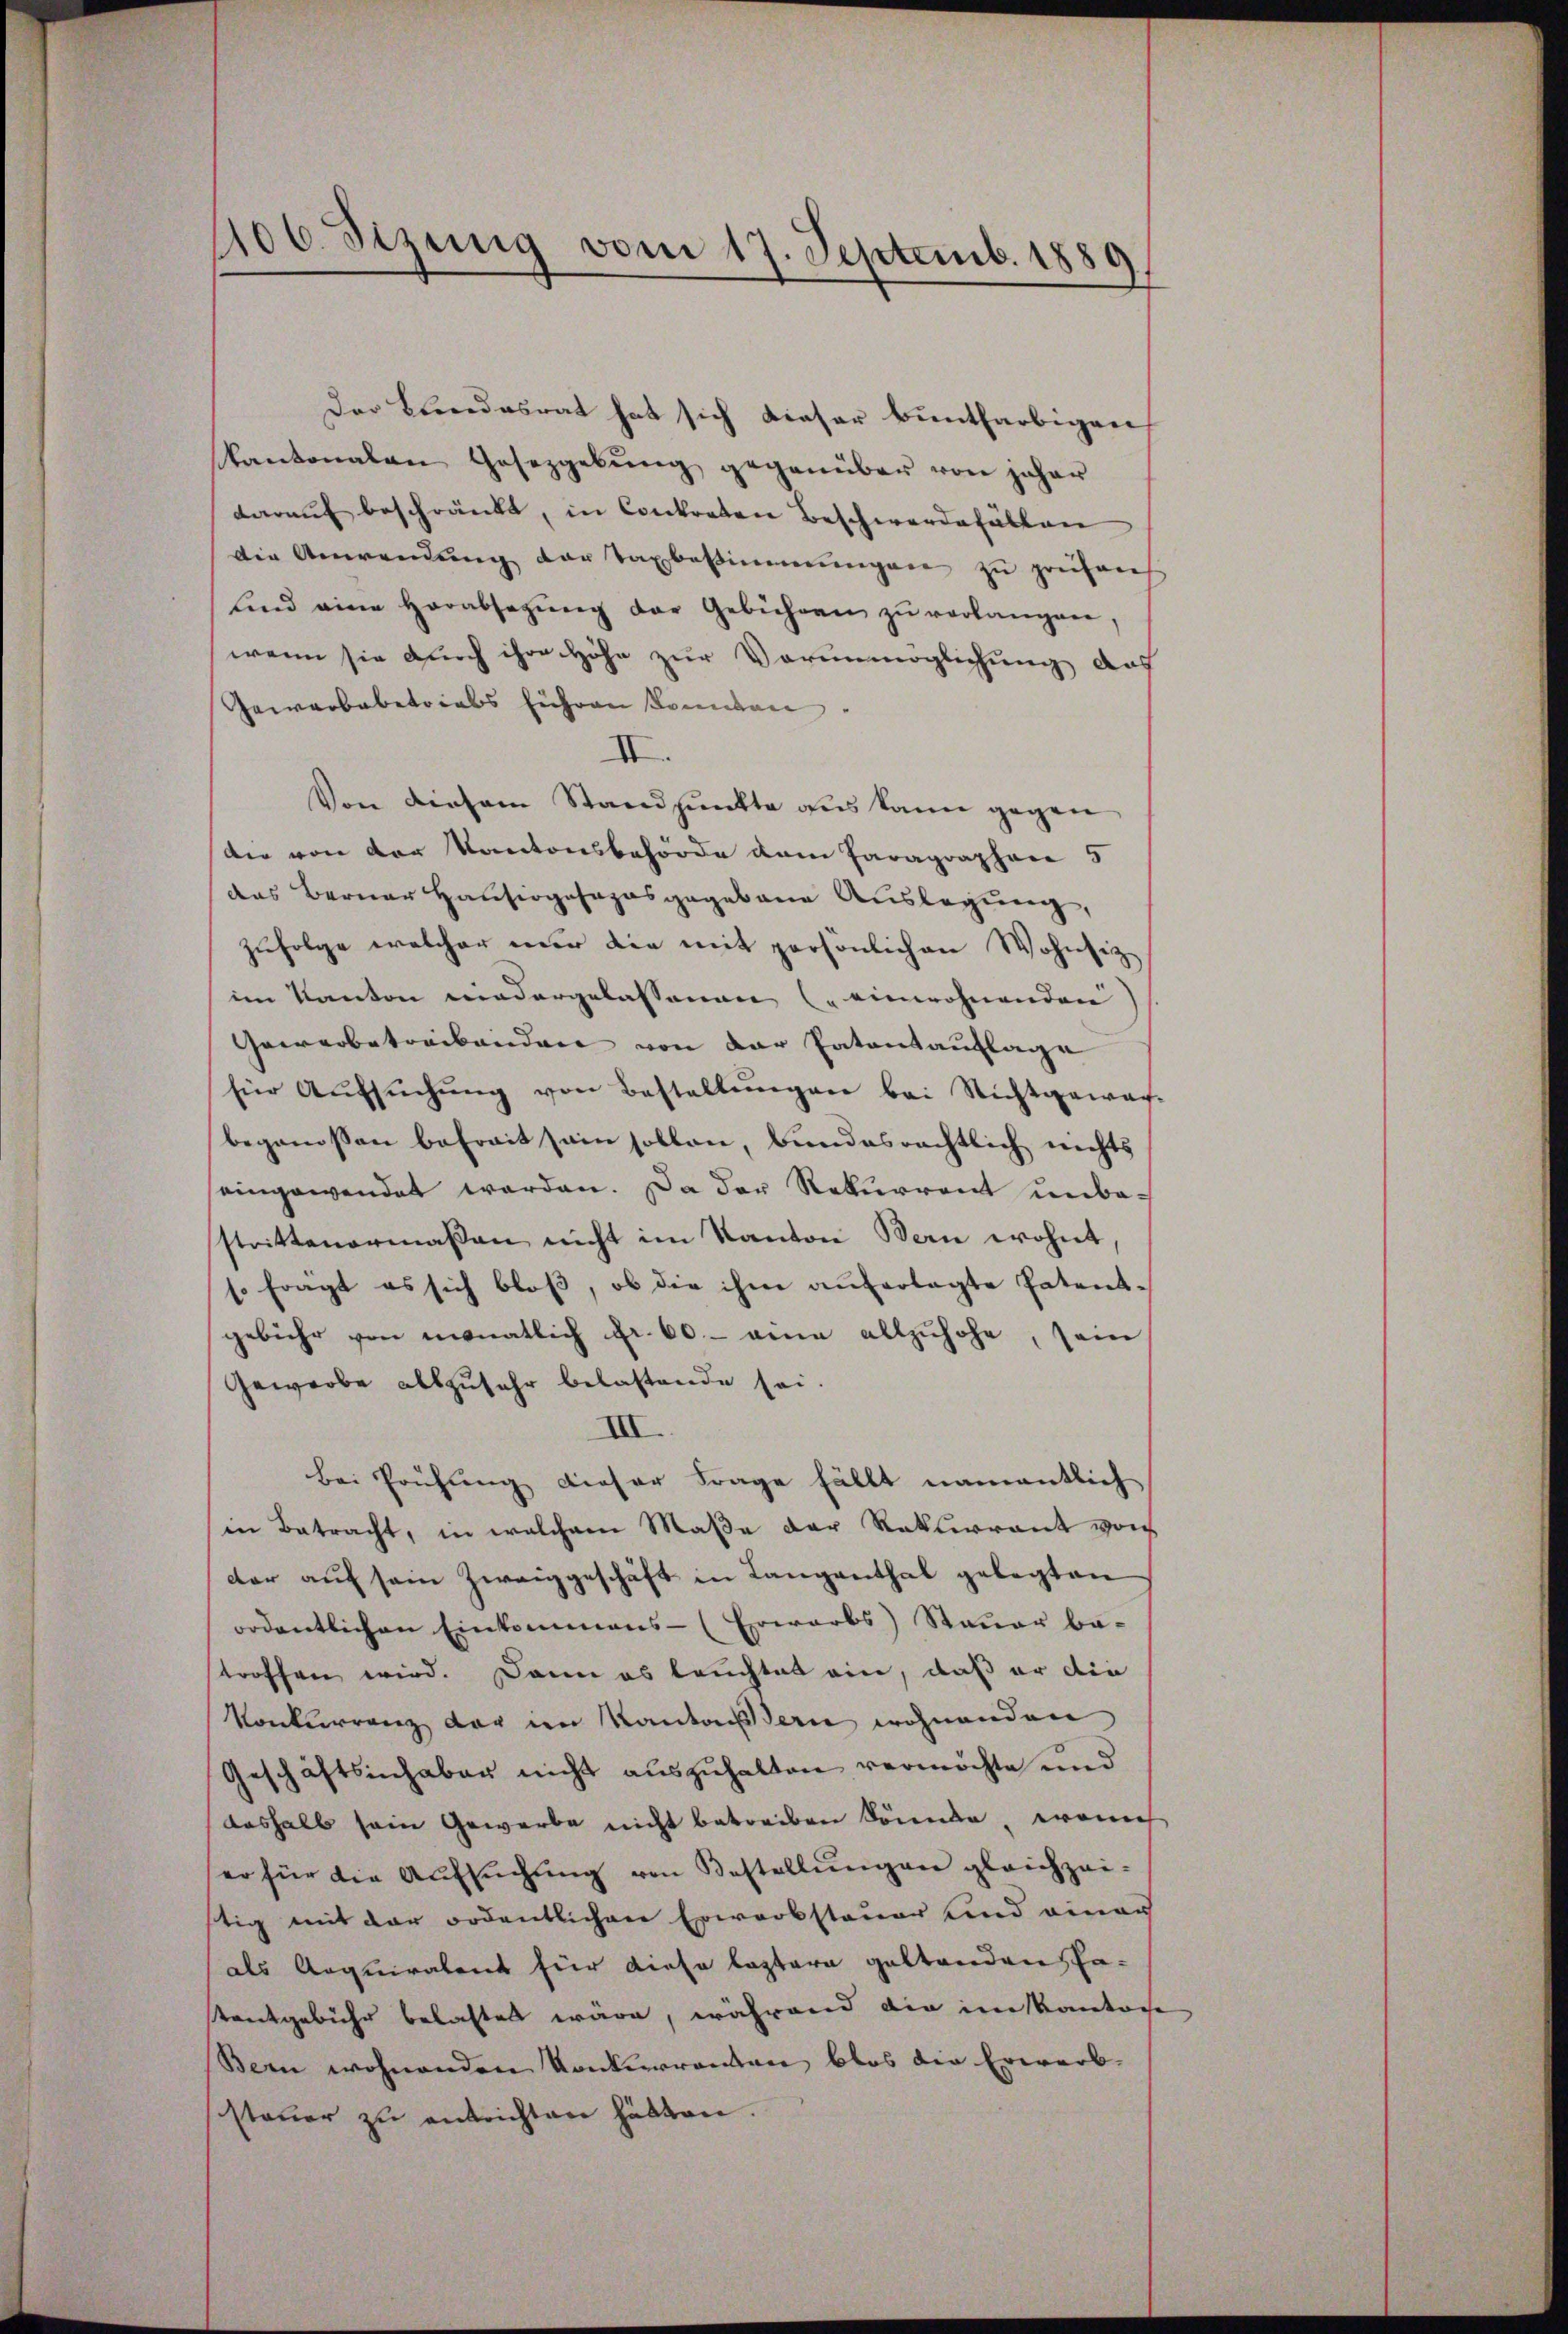
406. Sizung vom 17. Septemb. 1889
e

kantonalen Gesetzgebung gegenüber von jeher
darauf beschränkt, in Contreten Beschwerdefällen
Die Anwendung der Taxbestimmungen zu prüfen
und eine Herabsetzŭng der Gebühren zŭ verlangen,
wenn sie durch ihre Höhe zur Vorunmöglichung das
Gewerbebetrials führen kannten
III.
Von diesem Standpunkte des kann gegen
dir von der Kantonsbehörde dem Paragraphen 5
das Berner Hausiogosaposgegebaue Auslegung,
zufolge welcher mir die mit persönlichen Wohnsitz
im Kanton wiedergelassenen (einwohnenden
Gewerbetreibenden von der Patentauflage
für Aŭfsŭchŭng von Bestellŭngen bei Nichtgewar-
begonnsten befreit sein sollen, bundesrechtlich nichts
seingewendet werden. Da der Rekurrent unbestrittenermaßen nicht im Kanton Bern wohnt,
s. frägt es sich bloβ, ob die ihm auferlagte Patent-
gebühr von monatlich Fr. 60.- eine allzuhohe, sein
Gewerbe allzufahr belastende sei.
III.
Bei Prüfung dieser Frage fällt namentlich
in Betracht, in welchem Maβe der Rekurant von
dar aŭf sein Zweiggeschäft in Langenthal gelegten
ordentlichen Einkommens- (Erwarbs) Steuer be-
stroffen wird. Dann es leuchtet ein, daß er die
Konkurrenz der im Kantonserne wohnenden
Geschäftsinhaber nicht auszuhalten vermöchte und
deshalb sein Gewerbe nicht betreiben könnte, wenn
er für die Aŭfsŭchŭng von Bestellŭngen gleichzei-
stig mit der ordentlichen Erwarbsteuer und einer
als Aequiratent für diese leztere geltenden Pa¬
Kentgebühr belastet wäre, während die inskantoche
Bern wohnenden Konkuranten blos die Erwarb-
steŭer zŭ entrichten hätten.

Der Bundesrat hat sich dieser buntfarbigen